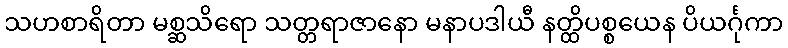
သဟစာရိတာ မစ္ဆသိရော သတ္တရာဇာနော မနာပဒါယီ နတ္ထိပစ္စယေန ပိယင်္ဂုကာ